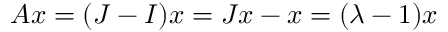
A x = ( J - I ) x = J x - x = ( \lambda - 1 ) x